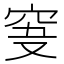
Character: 𥥞